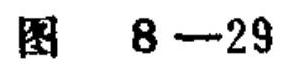
图 \(8 - 29\)